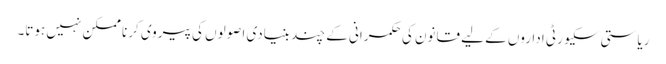
ریاستی سکیورٹی اداروں کے لیے قانون کی حکمرانی کے چند بنیادی اصولوں کی پیروی کرنا ممکن نہیں ہوتا۔